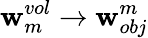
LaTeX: \mathbf{w}_{m}^{vol}\to{\mathbf{w}_{obj}^{m}}